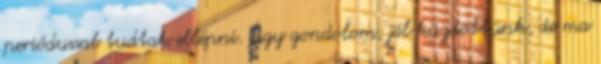
periódussal tudtak ellépni. Úgy gondolom, jól küzdöttünk, de ma